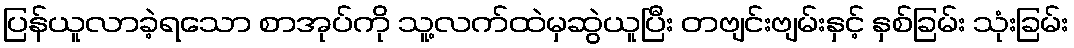
ပြန်ယူလာခဲ့ရသော စာအုပ်ကို သူ့လက်ထဲမှဆွဲယူပြီး တဗျင်းဗျမ်းနှင့် နှစ်ခြမ်း သုံးခြမ်း